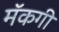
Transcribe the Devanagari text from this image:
मॅकगी